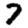
Digit: 7